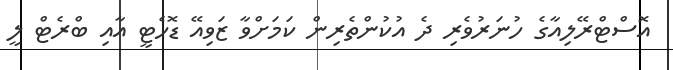
އޮސްޓްރޭލިއާގެ ހުނަރުވެރި ދެ އުކުންތެރިން ކަމަށްވާ ޒަވިއޭ ޑޮހެޓީ އާއި ބްރެޓް ލީ